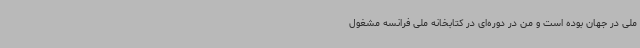
ملی در جهان بوده است و من در دوره‌ای در کتابخانه ملی فرانسه مشغول